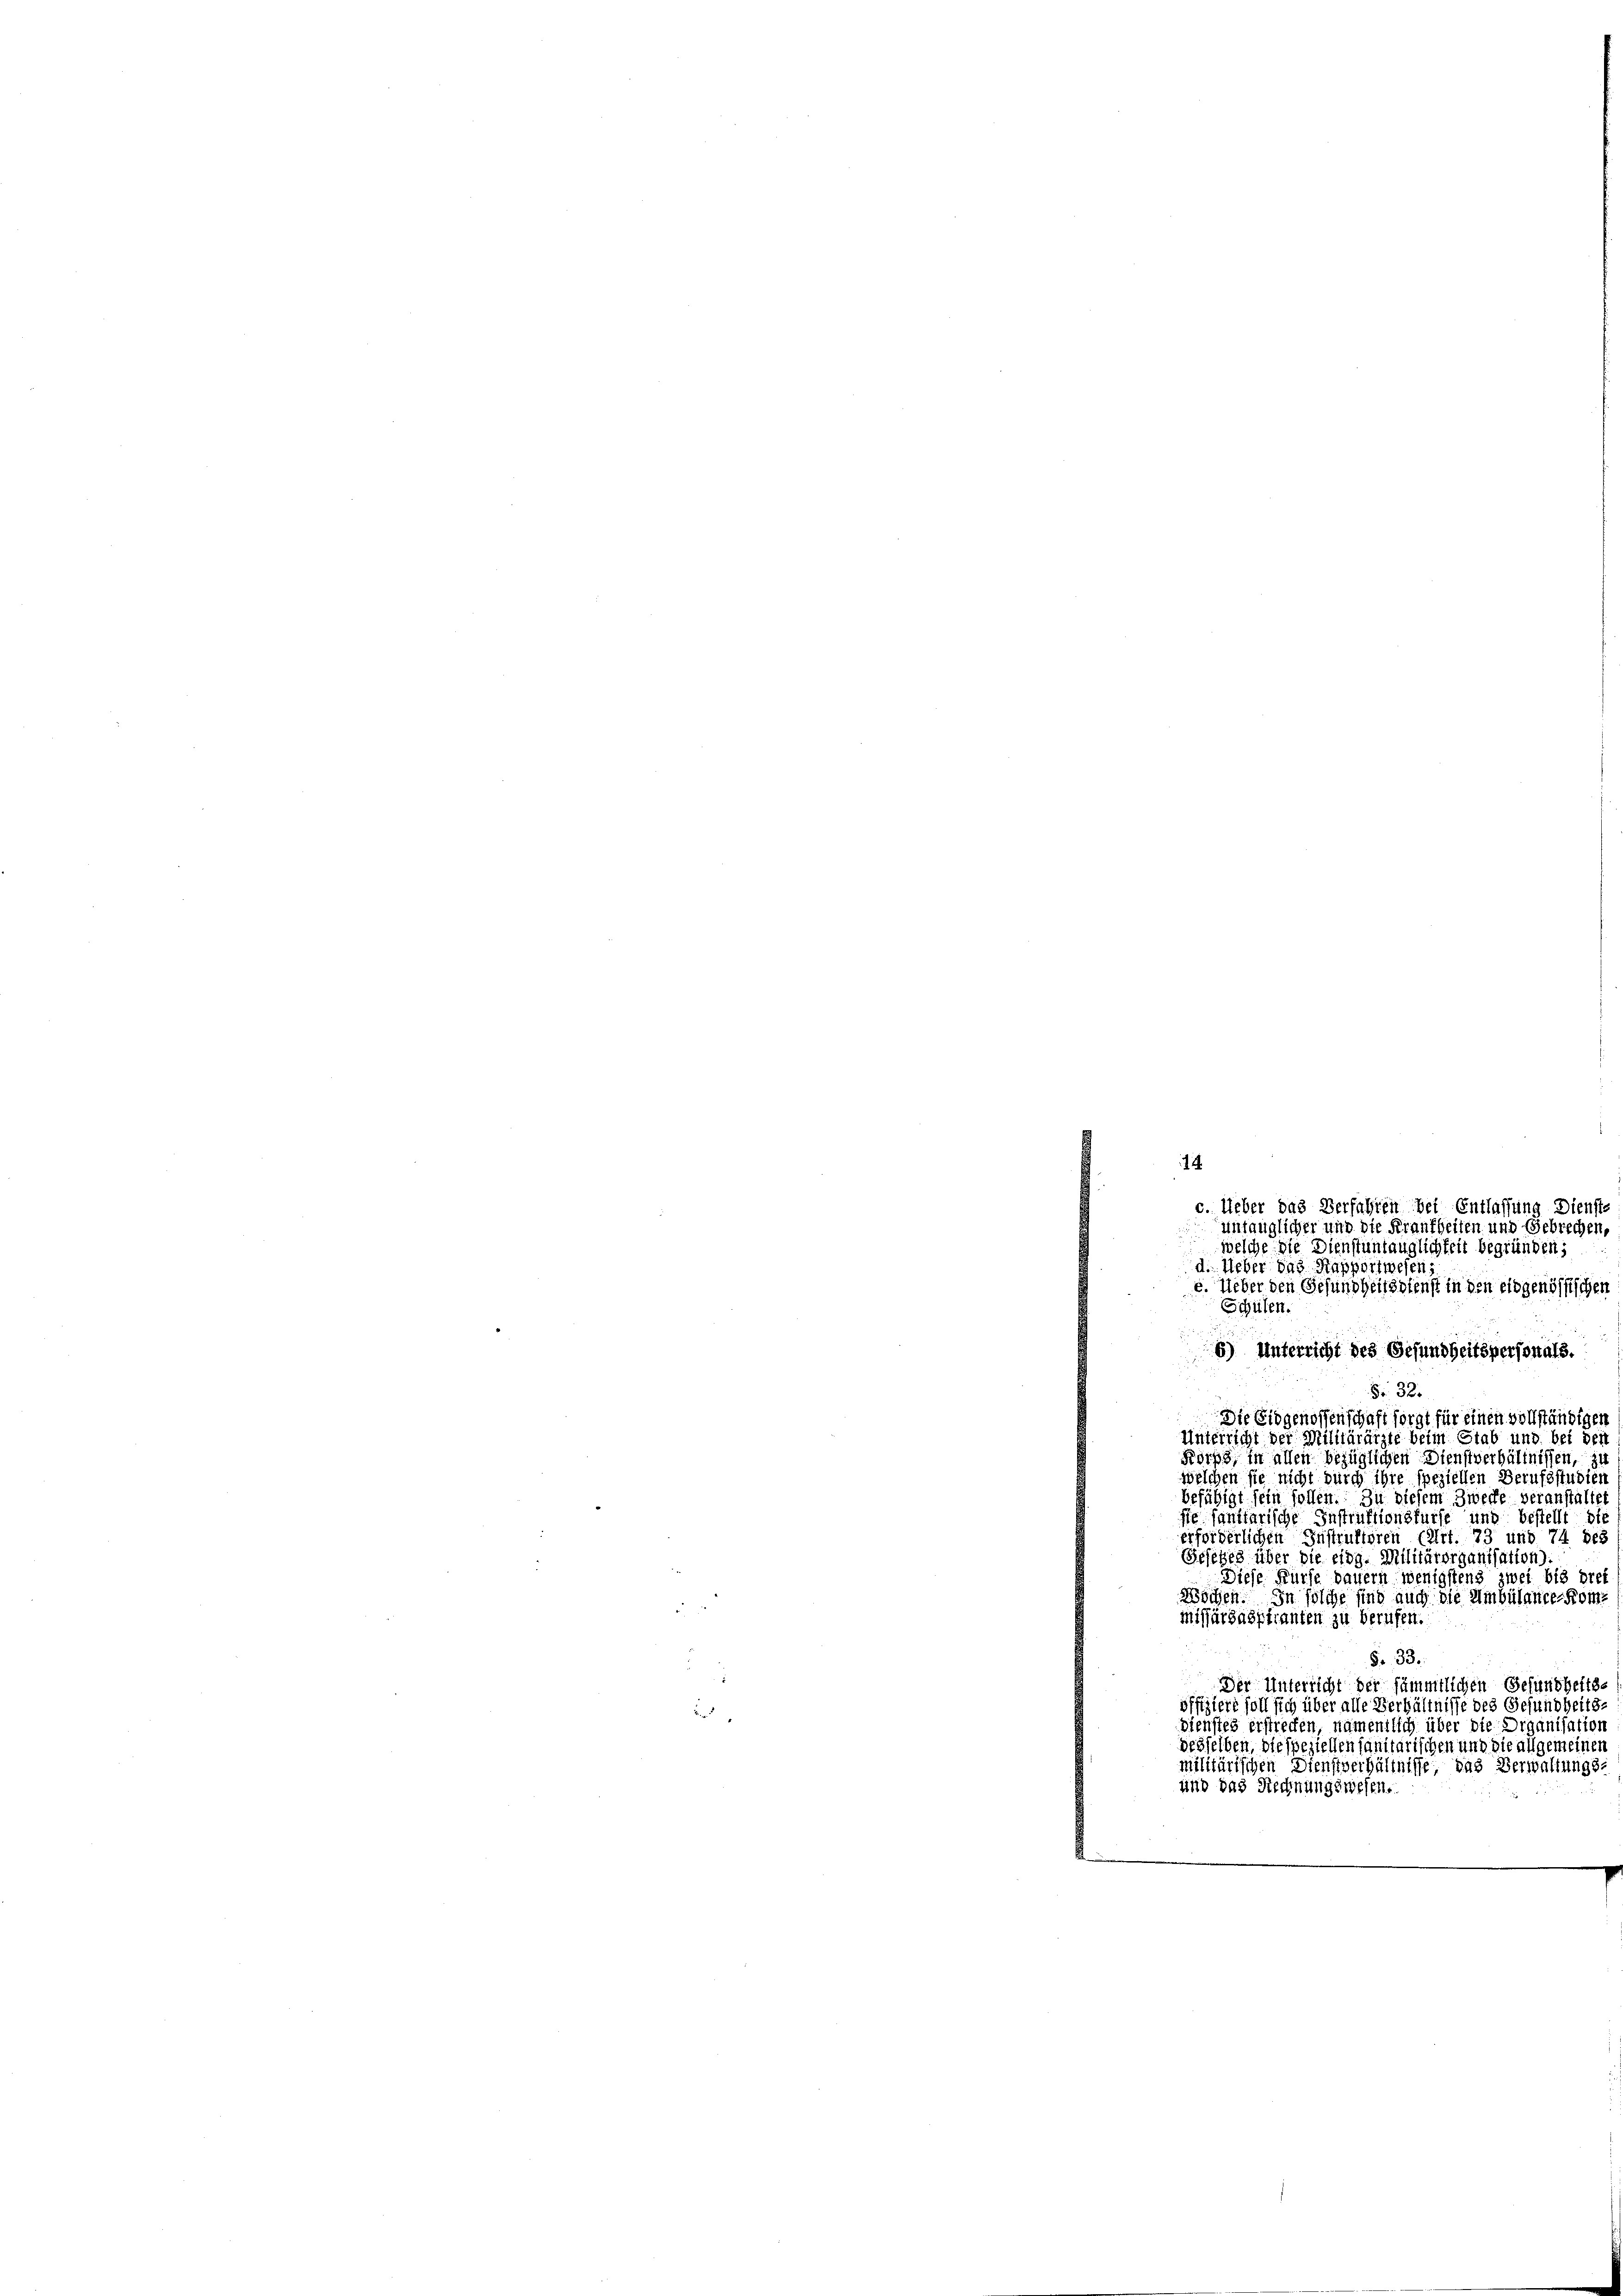
14.

d. Ueber das Rapportwesen,
e. Ueber den Gesundheitsdienst in den eidgenössischen
Schülen.
6) Unterricht des Gesundheitspersonals.
Fr. 32.
Die Eidgenossenschaft sorgt für einen vollständigen
Unterricht der Militärärzte beim Stab und bei der
Korps, in allen bezüglichen Dienstverhältnissen, zu
welchen sie nicht durch ihre speziellen Berufsstudien
befähigt sein sollen. Zu diesem Zwecke veranstaltet
sie sanitarische Instruktionsfürfe und bestellt die
erforderlichen Instruktoren (Art. 73 und 74 des
Gesetzes über die eidg. Militärorganisation).
Diese Kurse dauern wenigstens zwei bis drei
Wochen. In solche sind auch die Umbülance Kommissärsaspfianten zu berufen.
§. 33.
Der Unterricht der sämmtlichen Gesundheitsoffiziert soll sich über alle Verhältnisse des Gesundheits-
Dienstes erstrecken, namentisch über die Organisation
desselben, die speziellen sanitarischen und die allgemeinen
militärischen Dienstverhältnisse, das Verwaltungs-
und das Stechnungswesen.

c. Ueber das Verfahren bei Entlassung Dienste
untauglicher und die Frankheiten und Gebrechen,
welche die Dienstuntauglichkeit begründen;